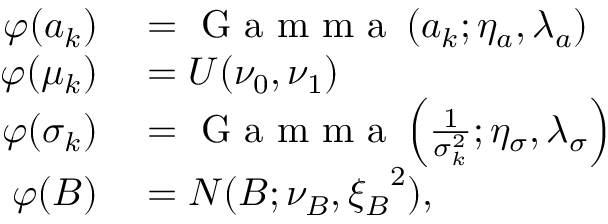
\begin{array} { r l } { \varphi ( a _ { k } ) } & { { } = \textup { G a m m a } \left( a _ { k } ; \eta _ { a } , \lambda _ { a } \right) } \\ { \varphi ( \mu _ { k } ) } & { { } = U ( \nu _ { 0 } , \nu _ { 1 } ) } \\ { \varphi ( \sigma _ { k } ) } & { { } = \textup { G a m m a } \left( \frac { 1 } { \sigma _ { k } ^ { 2 } } ; \eta _ { \sigma } , \lambda _ { \sigma } \right) } \\ { \varphi ( B ) } & { { } = N ( B ; \nu _ { B } , { \xi _ { B } } ^ { 2 } ) , } \end{array}